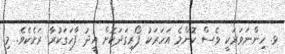
ޅ. ހިންނަވަރަކީ ވެސް ކޮންމެ އަހަރަކު ފޯރިގަދަކޮށް އީދު ފާހަގަކުރާ ރަށެކެވެ. މި